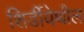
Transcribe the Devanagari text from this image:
शिर्डीयेथील